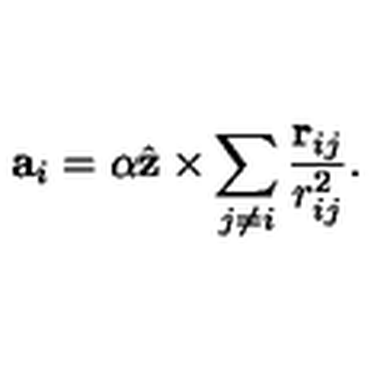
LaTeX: { \bf a } _ { i } = \alpha \hat { \bf z } \times \sum _ { j \neq i } \frac { { \bf r } _ { i j } } { r _ { i j } ^ { 2 } } .